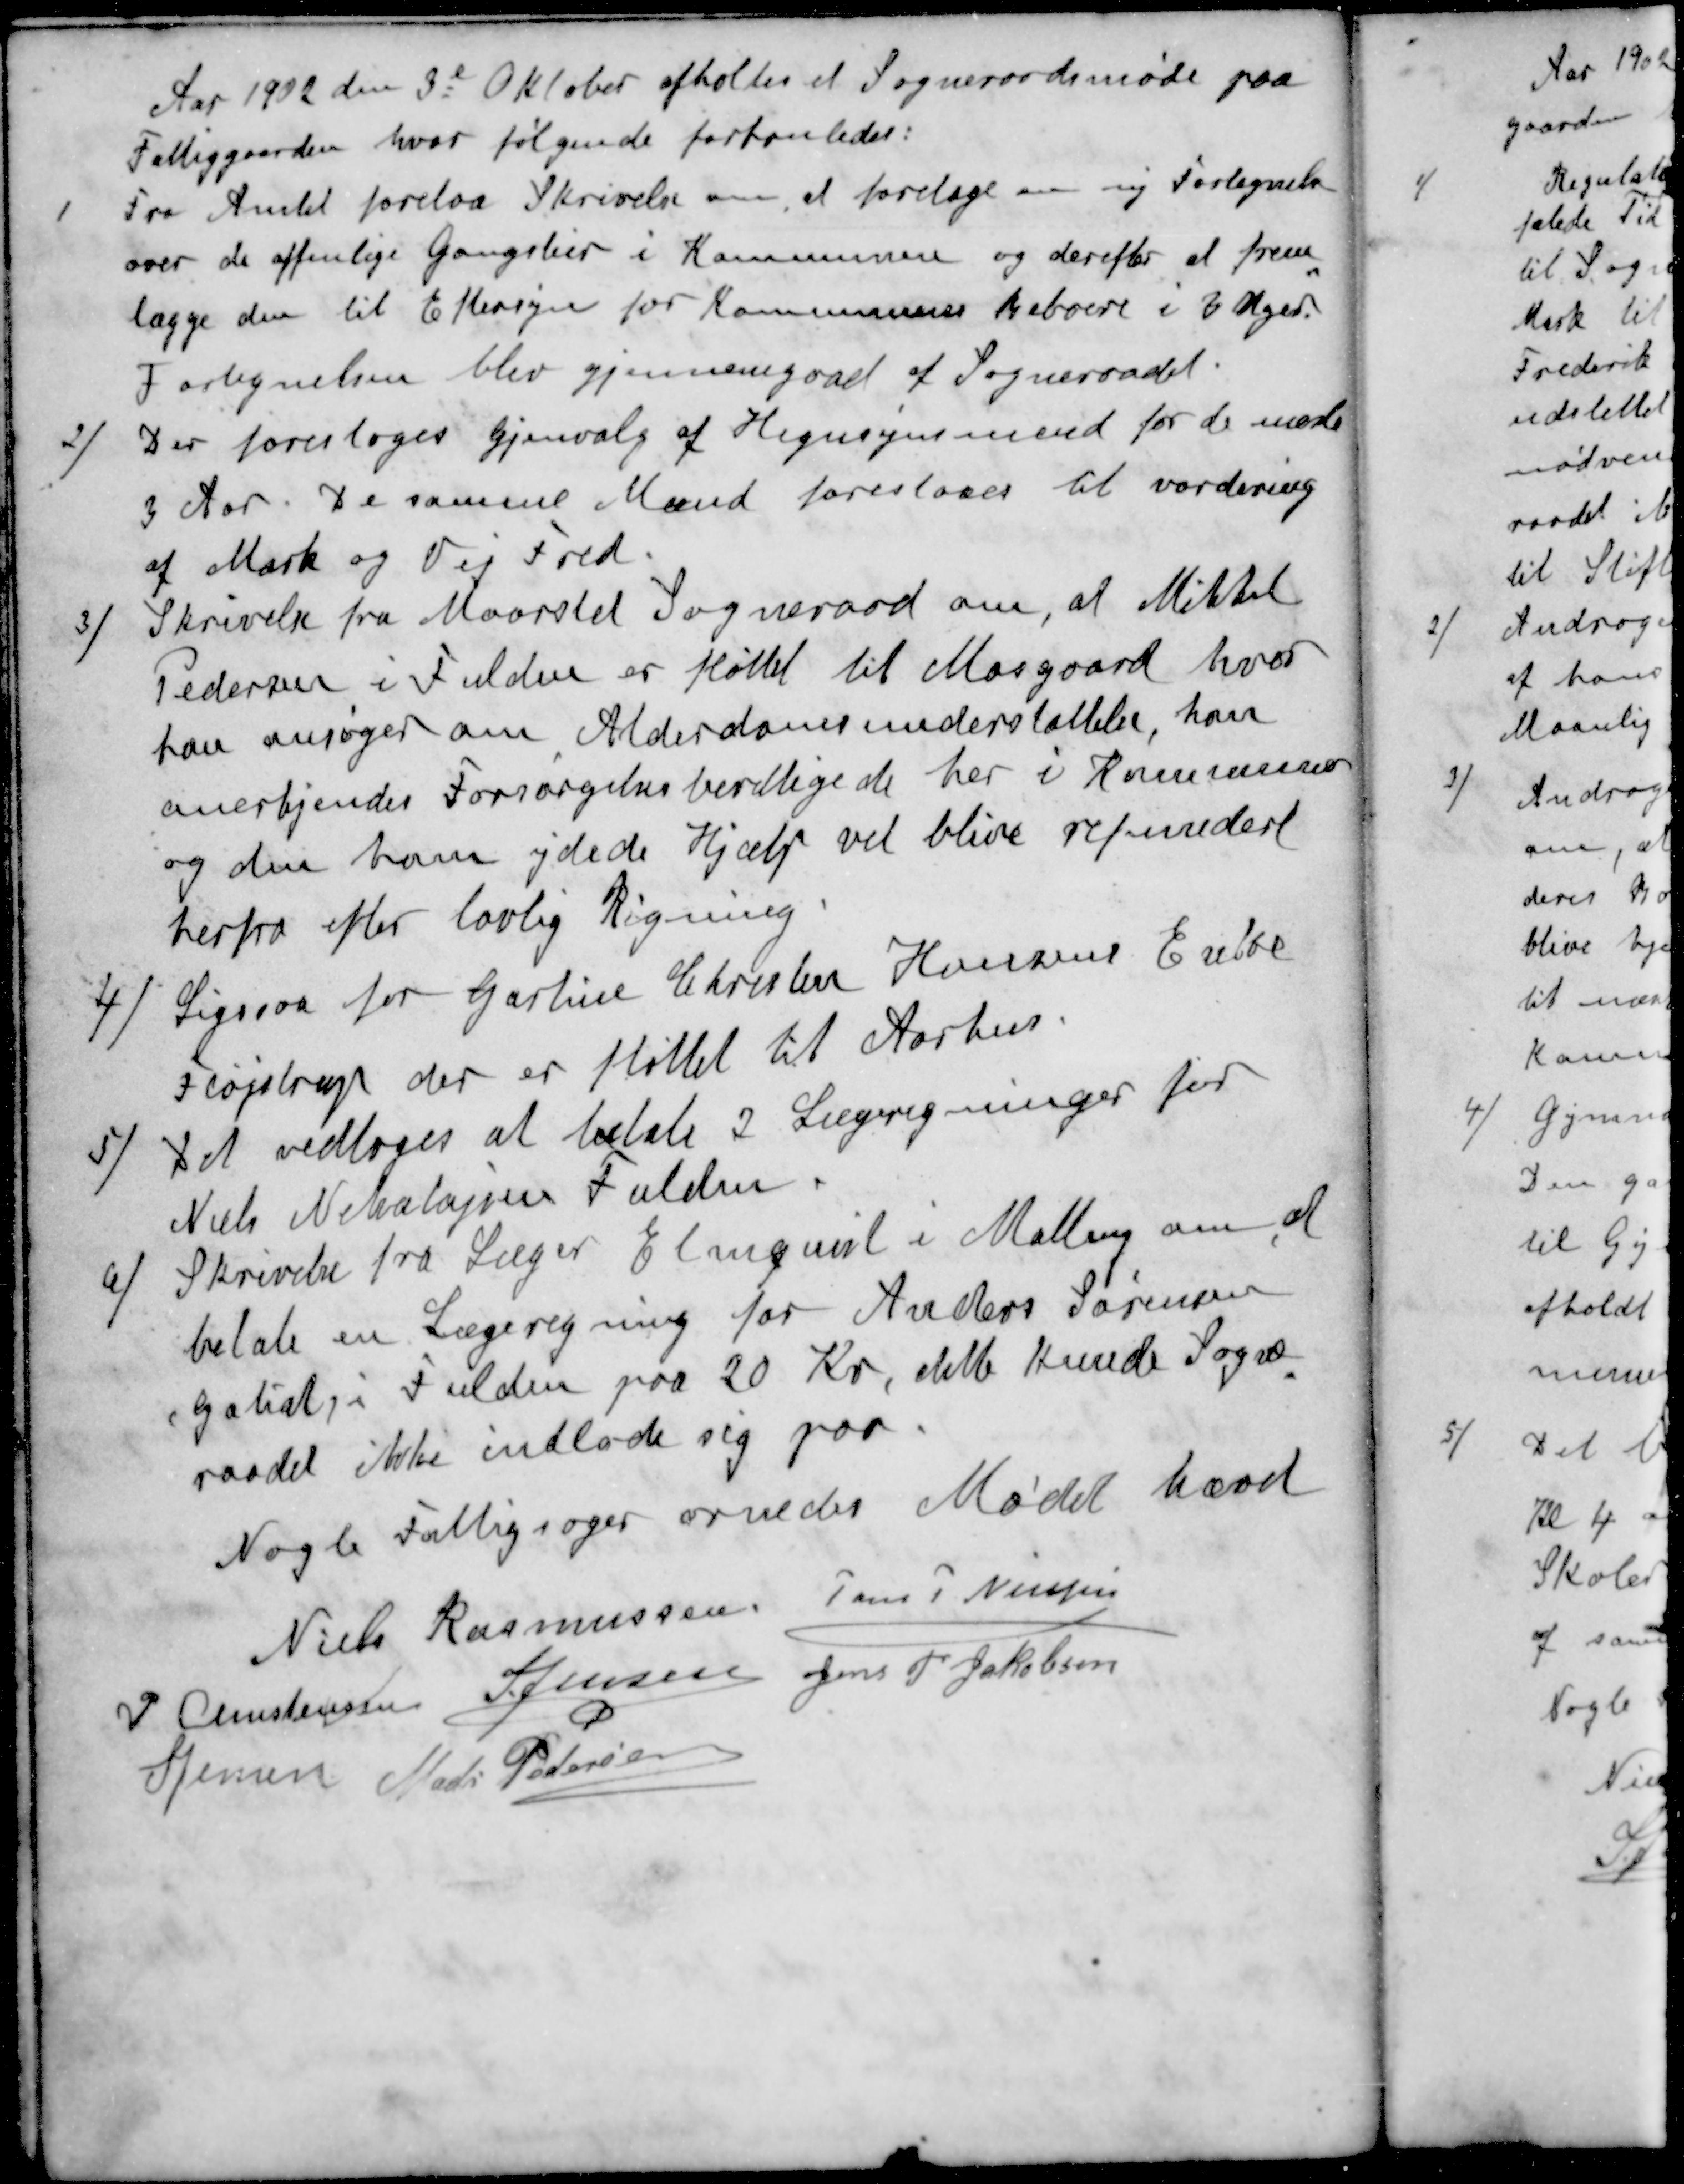
Transskription:
Aar 1902 den 3e Oktober afholtes et Sogneraadsmøde paa
Fattiggaarden hvor følgende forhanledes:
1 Fra Amtet forelaa Skrivelse om, at foretage en ny Fortegnelse
over de offenlige Gangstier i Kommunen og derefter at frem-
lægge den til Eftersyn for Kommunens Beboere i 3 Uger.
Fortegnelsen blev gjennemgaaet af Sogneraadet.
2 / Der foresloges Gjenvalg af Hegnsynsmænd for de næste
3 Aar. De samme Mænd foreslaaes til vordering
af Mark og Vej Fred.
3 / Skrivelse fra Maarslet Sogneraad om, at Mikkel
Pedersen i Fulden er fløttet til Mosgaard, hvor
han ansøger om Alderdomsunderstøttelse, kan
anerkjendes Forsørgelsesberettigede her i Kommunen
og den ham ydede Hjælp vil blive refundert
herfra efter lovlig Regning
4 / Ligesaa for Gartner Christen Hansens Enke
Fløjstrup der er fløttet til Aarhus.
5 / Det vedtoges at betale 2 Lægeregninger for
Niels Nikolajsen Fulden
6 / Skrivelse fra Læger Elmquist i Malling om at
betale en Lægeregning for Anders Sørensen
(Goliat) i Fulden paa 20 Kr, dette kunde Sogne-
raadet ikke indlade sig paa
Nogle Fattigsager ornedes Mødet hævet
Niels Rasmussen
Jens P Nielsen
P Christensen
S Jensen
Jens P. Jakobsen
S Jensen
Mads Pedersen